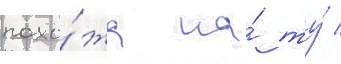
похо́жа на́ ту́ /